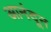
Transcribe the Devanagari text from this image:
आनंदून